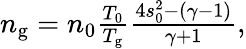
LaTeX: \begin{array}{r}{n_{\mathrm{g}}=n_{0}\frac{T_{0}}{T_{\mathrm{g}}}\frac{4s_{0}^{2}-(\gamma-1)}{\gamma+1},}\end{array}